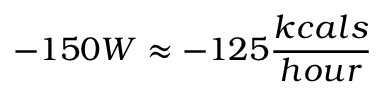
- 1 5 0 W \approx - 1 2 5 \frac { k c a l s } { h o u r }